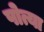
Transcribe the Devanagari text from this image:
पोत्या